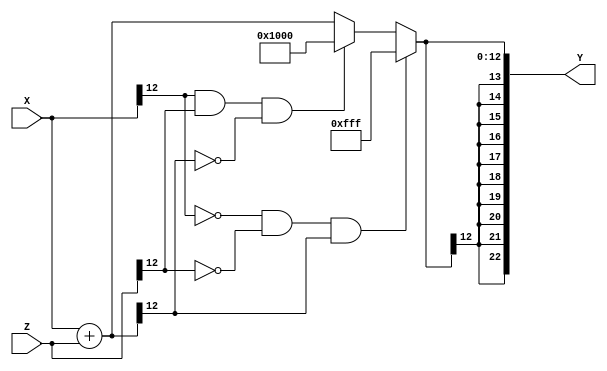
`timescale 1ns / 1ps
//////////////////////////////////////////////////////////////////////////////////
// Company: ITCR
// Estudiantes: 
// Deykel Hernndez Araya & Kennet Gonzales Njera
// Design Name: 
// Module Name:    ResOffset 
// Project Name: 
// Target Devices: 
// Tool versions: 
// Description: 
//  Mdulo para restar el offset de la seal de entrada 
// Dependencies: 
//
// Revision: 
// Revision 0.01 - File Created
// Additional Comments: 
//
//////////////////////////////////////////////////////////////////////////////////
module ResOffset#(parameter anchosalida = 23, ancho=13)(

//input wire reset,
input wire signed [ancho-1:0] X, 
input wire signed [ancho-1:0] Z,
output wire signed [anchosalida-1:0] Y

    );
	 
reg signed [ancho-1:0]suma;


always@*
	begin
	suma=X+Z;
	//overflow
	if((~X[ancho-1])&(~Z[ancho-1])&(suma[ancho-1]))
		suma={1'b0,{(ancho-1){1'b1}}};
	//underflow
	
	else if((X[ancho-1])&(Z[ancho-1])&(~suma[ancho-1]))
		
		suma={1'b1,{(ancho-1){1'b0}}};
		
	end

assign Y=suma;
endmodule